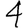
Digit: 4